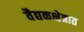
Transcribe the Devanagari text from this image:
वैद्यकक्षेत्रात